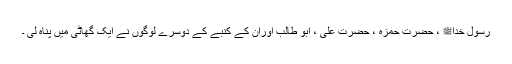
رسول خداﷺ ، حضرت حمزہؓ ، حضرت علیؓ ، ابو طالب اوران کے کنبے کے دوسرے لوگوں نے ایک گھاٹی میں پناہ لی ۔